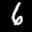
Label: 6